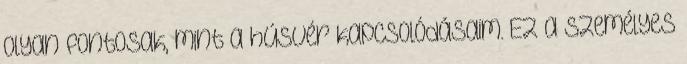
olyan fontosak, mint a húsvér kapcsolódásaim. Ez a személyes